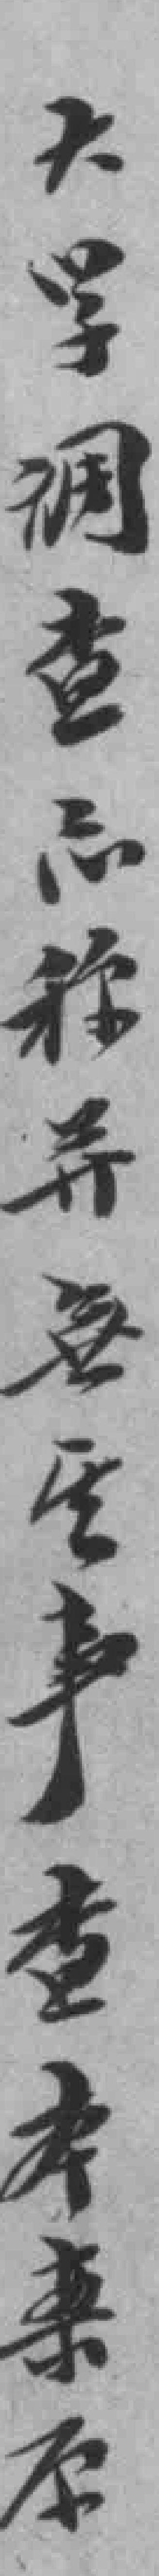
大學調查*種异無空事查本來原